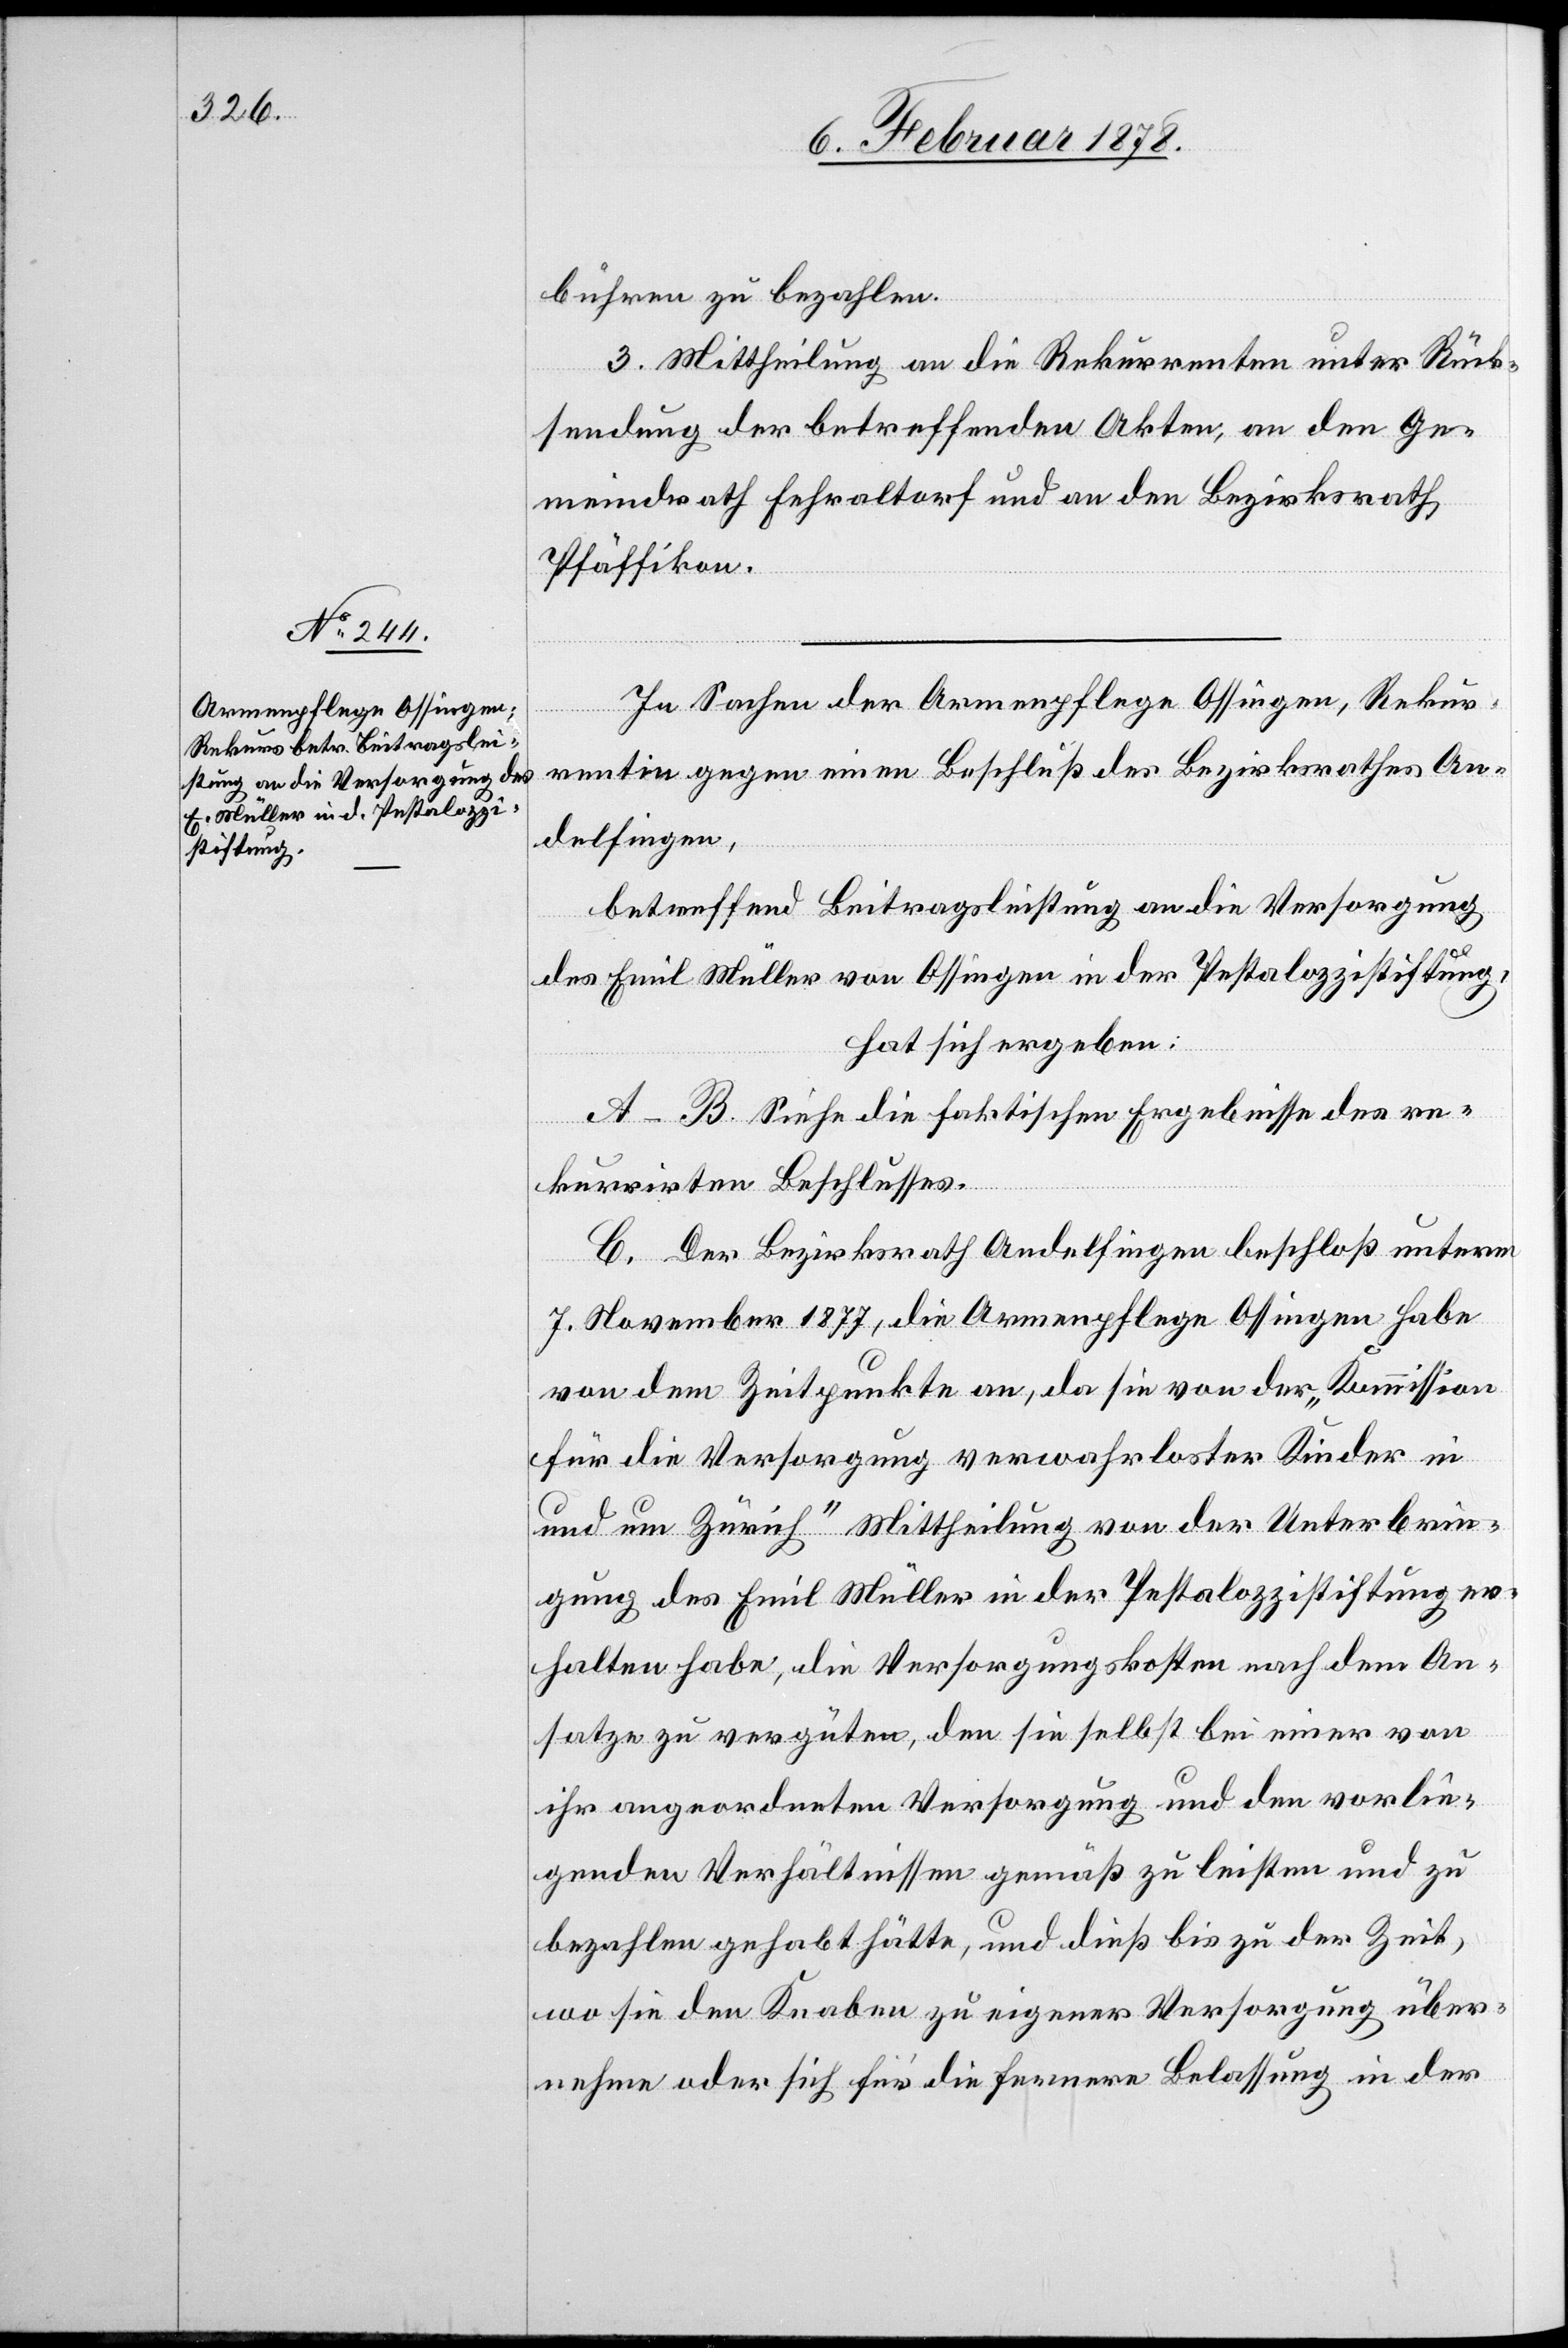
bühren zu bezahlen.
3. Mittheilung an die Rekurrenten unter Rück¬
sendung der betreffenden Akten, an den Ge¬
meindrath Fehraltorf und an den Bezirksrath
Pfäffikon.
In Sachen der Armenpflege Ossingen, Rekur¬
rentin gegen einen Beschluß des Bezirksrathes An¬
delfingen,
betreffend Beitragsleistung an die Versorgung
des Emil Müller von Ossingen in der Pestalozzistiftung,
hat sich ergeben:
A–B. Siehe die faktischen Ergebnisse des re¬
kurrirten Beschlusses.
C. Der Bezirksrath Andelfingen beschloß unterm
7. November 1877, die Armenpflege Ossingen habe
von dem Zeitpunkte an, da sie von der „Kommission
für die Versorgung verwahrloster Kinder in
und um Zürich“ Mittheilung von der Unterbrin¬
gung des Emil Müller in der Pestalozzistiftung er¬
halten habe, die Versorgungskosten nach dem An¬
satze zu vergüten, den sie selbst bei einer von
ihr angeordneten Versorgung und den vorlie¬
genden Verhältnissen gemäß zu leisten und zu
bezahlen gehabt hätte, und dieß bis zu der Zeit,
wo sie den Knaben zu eigener Versorgung über¬
nehme oder sich für die fernere Belassung in der